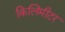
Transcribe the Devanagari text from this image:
किलिमीटर